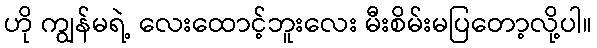
ဟို ကျွန်မရဲ့ လေးထောင့်ဘူးလေး မီးစိမ်းမပြတော့လို့ပါ။